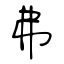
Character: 弗